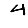
Digit: 4